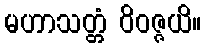
မဟာသတ္တံ ဝိဝဇ္ဇယိ။